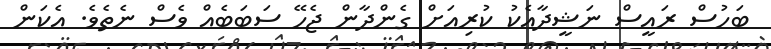
ބަހުސް ރައީސް ނަޝީދާއެކު ކުރިއަށް ގެންދާން ޖެހޭ ސަބަބެއް ވެސް ނެތެވެ. އެކަން